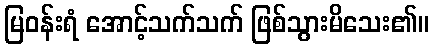
မြဝန်းရံ အောင့်သက်သက် ဖြစ်သွားမိသေး၏။